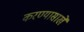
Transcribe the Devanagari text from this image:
करण्यासाखे